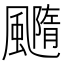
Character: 𩙇